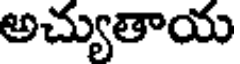
అచ్యుతాయ